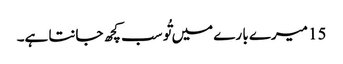
15 میرے با رے میں تُو سب کچھ جانتا ہے۔